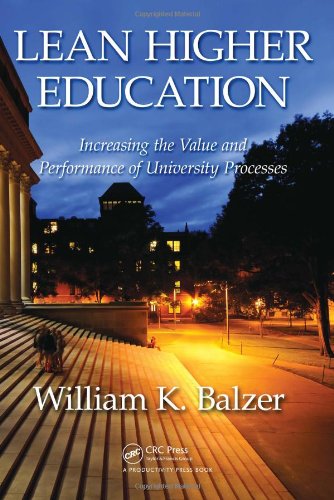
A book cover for Lean Higher Education: Increasing the Value and Performance of University Processes; William K. Balzer; Business & Money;